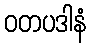
ဝတပဒါနံ